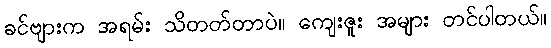
ခင်ဗျားက အရမ်း သိတတ်တာပဲ။ ကျေးဇူး အများ တင်ပါတယ်။